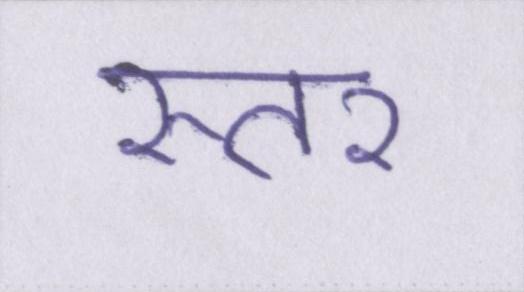
स्तर